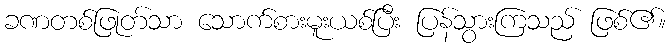
ခဏတစ်ဖြုတ်သာ သောက်စားမူးယစ်ပြီး ပြန်သွားကြသည် ဖြစ်၏။